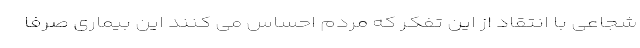
شجاعی با انتقاد از این تفکر که مردم احساس می کنند این بیماری صرفا